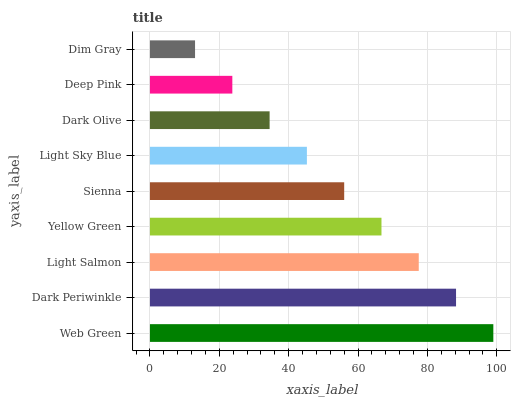
| yaxis_label | bars |
 | --- | --- |
 | Web Green | 99 |
 | Dark Periwinkle | 88.3 |
 | Light Salmon | 77.5 |
 | Yellow Green | 66.8 |
 | Sienna | 56 |
 | Light Sky Blue | 45.3 |
 | Dark Olive | 34.5 |
 | Deep Pink | 23.8 |
 | Dim Gray | 13 |